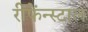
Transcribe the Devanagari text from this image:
रीफेंन्स्टाल